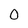
Character: 0